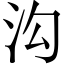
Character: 沟